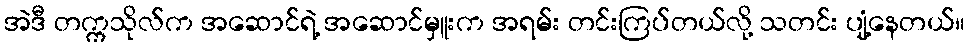
အဲဒီ တက္ကသိုလ်က အဆောင်ရဲ့ အဆောင်မှူးက အရမ်း တင်းကြပ်တယ်လို့ သတင်း ပျံ့နေတယ်။